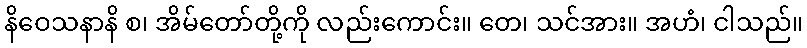
နိဝေသနာနိ စ၊ အိမ်တော်တို့ကို လည်းကောင်း။ တေ၊ သင်အား။ အဟံ၊ ငါသည်။